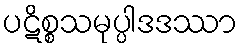
ပဋိစ္စသမုပ္ပါဒဒဿာ